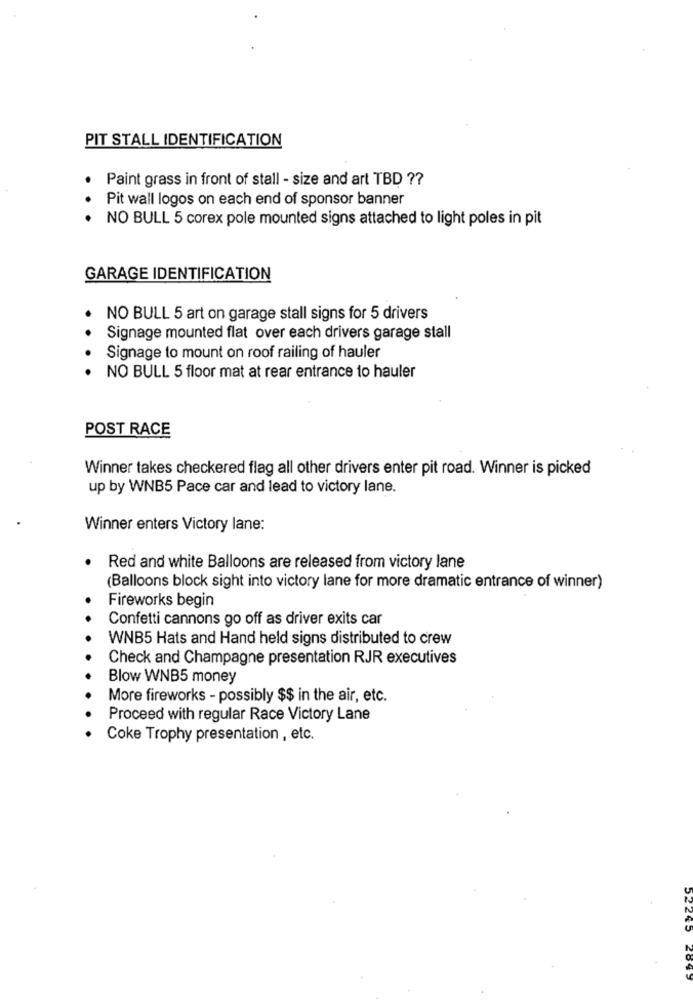
PIT STALL IDENTIFICATION
Paint grass in front of stall - size and art TBD ??
Pit wall logos on each end of sponsor banner
NO BULL 5 corex pole mounted signs attached to light poles in pit
GARAGE IDENTIFICATION
NO BULL 5 art on garage stall signs for 5 drivers
Signage mounted flat over each drivers garage stall
Signage to mount on roof railing of hauler
NO BULL 5 floor mat at rear entrance to hauler
POST RACE
Winner takes checkered flag all other drivers enter pit road. Winner is picked
up by WNB5 Pace car and lead to victory lane.
Winner enters Victory lane:
Red and white Balloons are released from victory lane
(Balloons block sight into victory lane for more dramatic entrance of winner)
Fireworks begin
Confetti cannons go off as driver exits car
WNB5 Hats and Hand held signs distributed to crew
Check and Champagne presentation RJR executives
Blow WNB5 money
More fireworks - possibly $$ in the air, etc.
Proceed with regular Race Victory Lane
Coke Trophy presentation , etc.